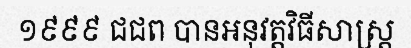
១៩៩៩ ជជព បានអនុវត្តវិធីសាស្ត្រ